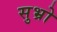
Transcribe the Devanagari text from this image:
सुभ्रो